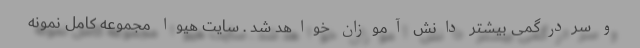
و سردرگمی بیشتر دانش آموزان خواهد شد . سایت هیوا مجموعه کامل نمونه